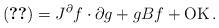
LaTeX: \begin{align*}\eqref{921_1a_e2} = J^{\partial} f \cdot \partial g + gBf +\operatorname{OK}.\end{align*}